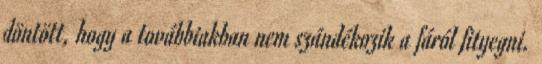
döntött, hogy a továbbiakban nem szándékozik a fáról fityegni.